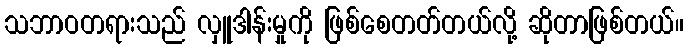
သဘာဝတရားသည် လှူဒါန်းမှုကို ဖြစ်စေတတ်တယ်လို့ ဆိုတာဖြစ်တယ်။